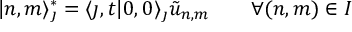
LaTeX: | n , m \rangle _ { \jmath } ^ { * } = \langle \jmath , t | 0 , 0 \rangle _ { \jmath } \tilde { u } _ { n , m } \qquad \forall ( n , m ) \in I